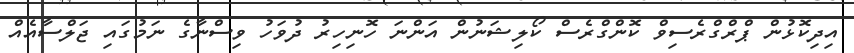
އިދިކޮޅުން ޕްރްގްރެސިވް ކޮންގްރެސް ކޯލިޝަނުން އަންނަ ހޮނިހިރު ދުވަހު ވިސްނާގެ ނަމުގައި ޖަލްސާއެއް